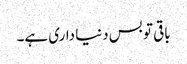
باقی تو بس دنیا داری ہے۔